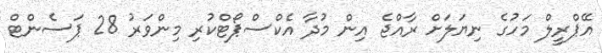
އޭޕްރީލް މަހުގެ ނިޔަލަށް ރާއްޖެ އިން މުދާ އެކްސްޕޯޓްކުރި މިންވަރު 28 ޕަސެންޓް